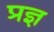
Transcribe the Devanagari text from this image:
प्रज्ञ